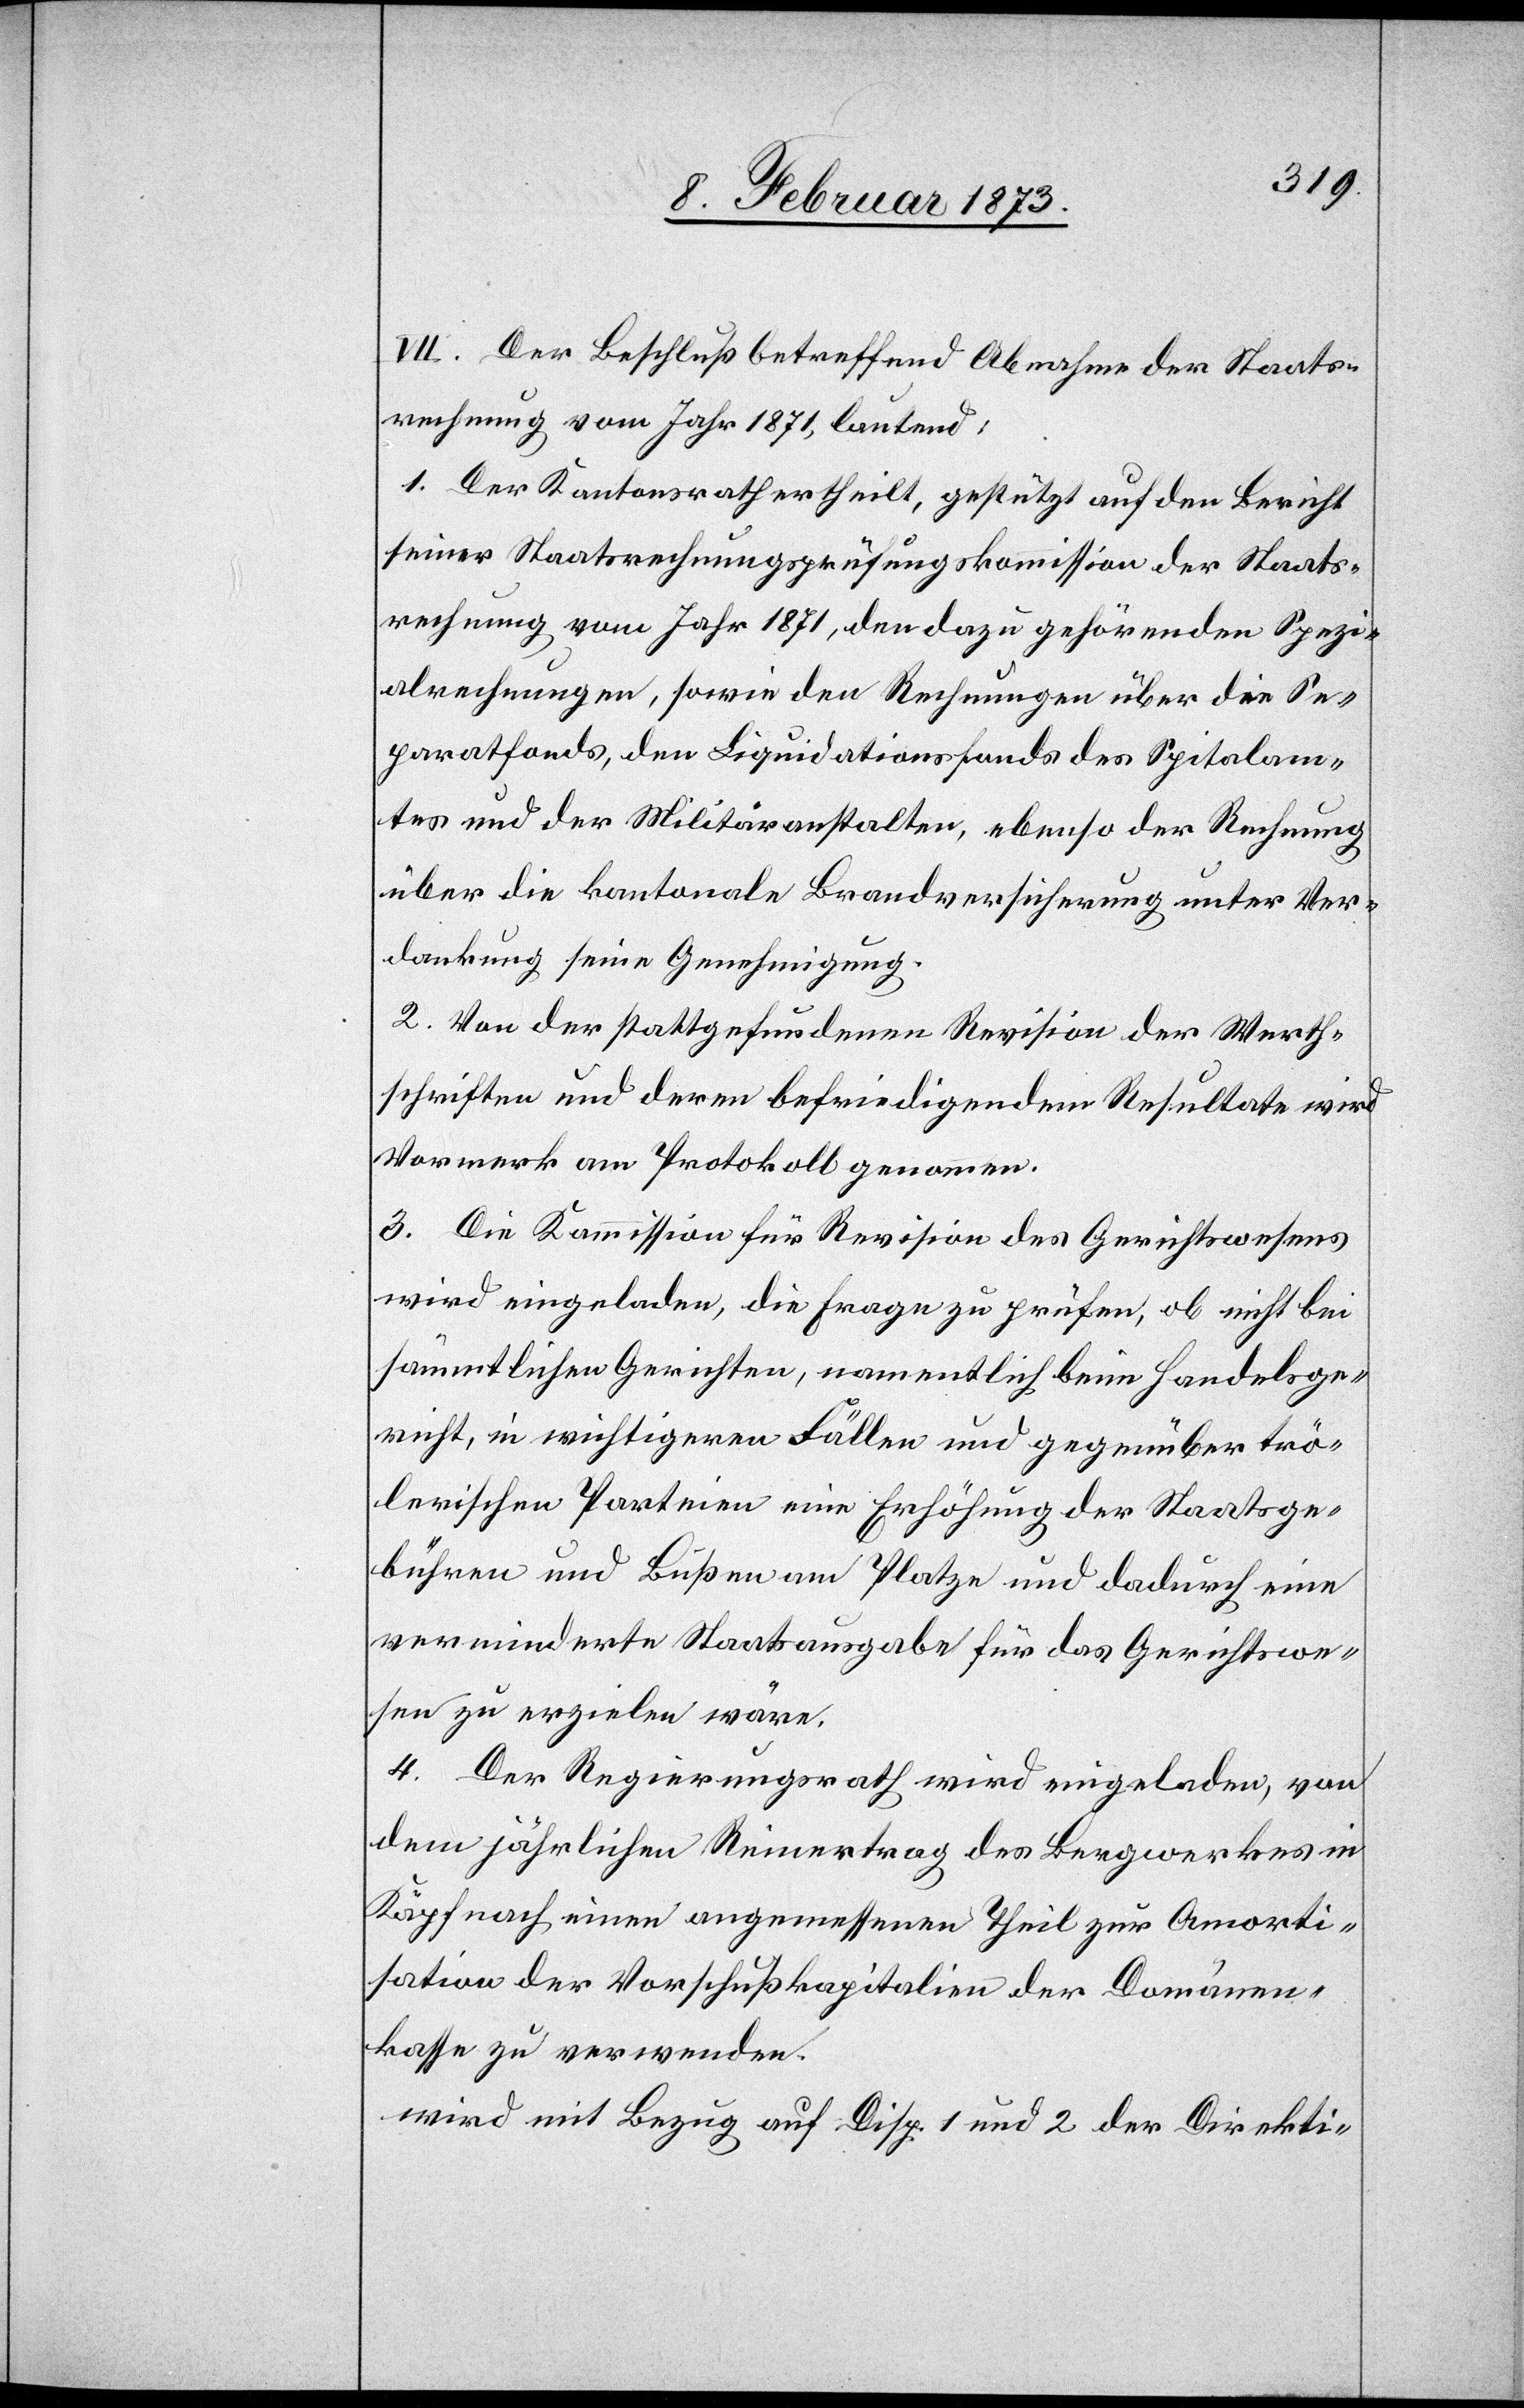
VII. Der Beschluß betreffend Abnahme der Staats¬
rechnung vom Jahr 1871, lautend:
1. Der Kantonsrath ertheilt, gestützt auf den Bericht
seiner Staatsrechnungsprüfungskommission der Staats¬
rechnung vom Jahr 1871, den dazu gehörenden Spezi¬
alrechnungen, sowie den Rechnungen über die Se¬
paratfonds, den Liquidationsfonds des Spitalam¬
tes und der Militäranstalten, ebenso der Rechnung
über die kantonale Brandversicherung unter Ver¬
dankung seine Genehmigung.
2. Von der stattgefundenen Revision der Werth¬
schriften und deren befriedigendem Resultate wird
Vormerk am Protokoll genommen.
3. Die Kommission für Revision des Gerichtswesens
wird eingeladen, die Frage zu prüfen, ob nicht bei
sämmtlichen Gerichten, namentlich beim Handelsge¬
richt, in wichtigeren Fällen und gegenüber trö¬
lerischen Parteien eine Erhöhung der Staatsge¬
bühren und Bußen am Platze und dadurch eine
verminderte Staatsausgabe für das Gerichtswe¬
sen zu erzielen wäre.
4. Der Regierungsrath wird eingeladen, von
dem jährlichen Reinertrag des Bergwerkes in
Käpfnach einen angemessenen Theil zur Amorti¬
sation der Vorschußkapitalien der Domänen¬
kasse zu verwenden.
wird mit Bezug auf Disp. 1 und 2 der Direkti-